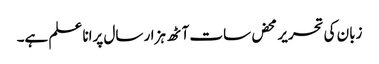
زبان کی تحریر محض سات آٹھ ہزار سال پرانا علم ہے۔